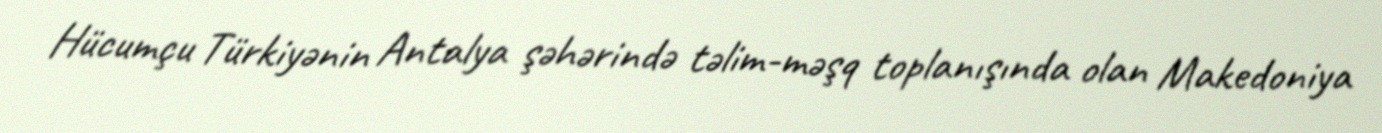
Hücumçu Türkiyənin Antalya şəhərində təlim-məşq toplanışında olan Makedoniya